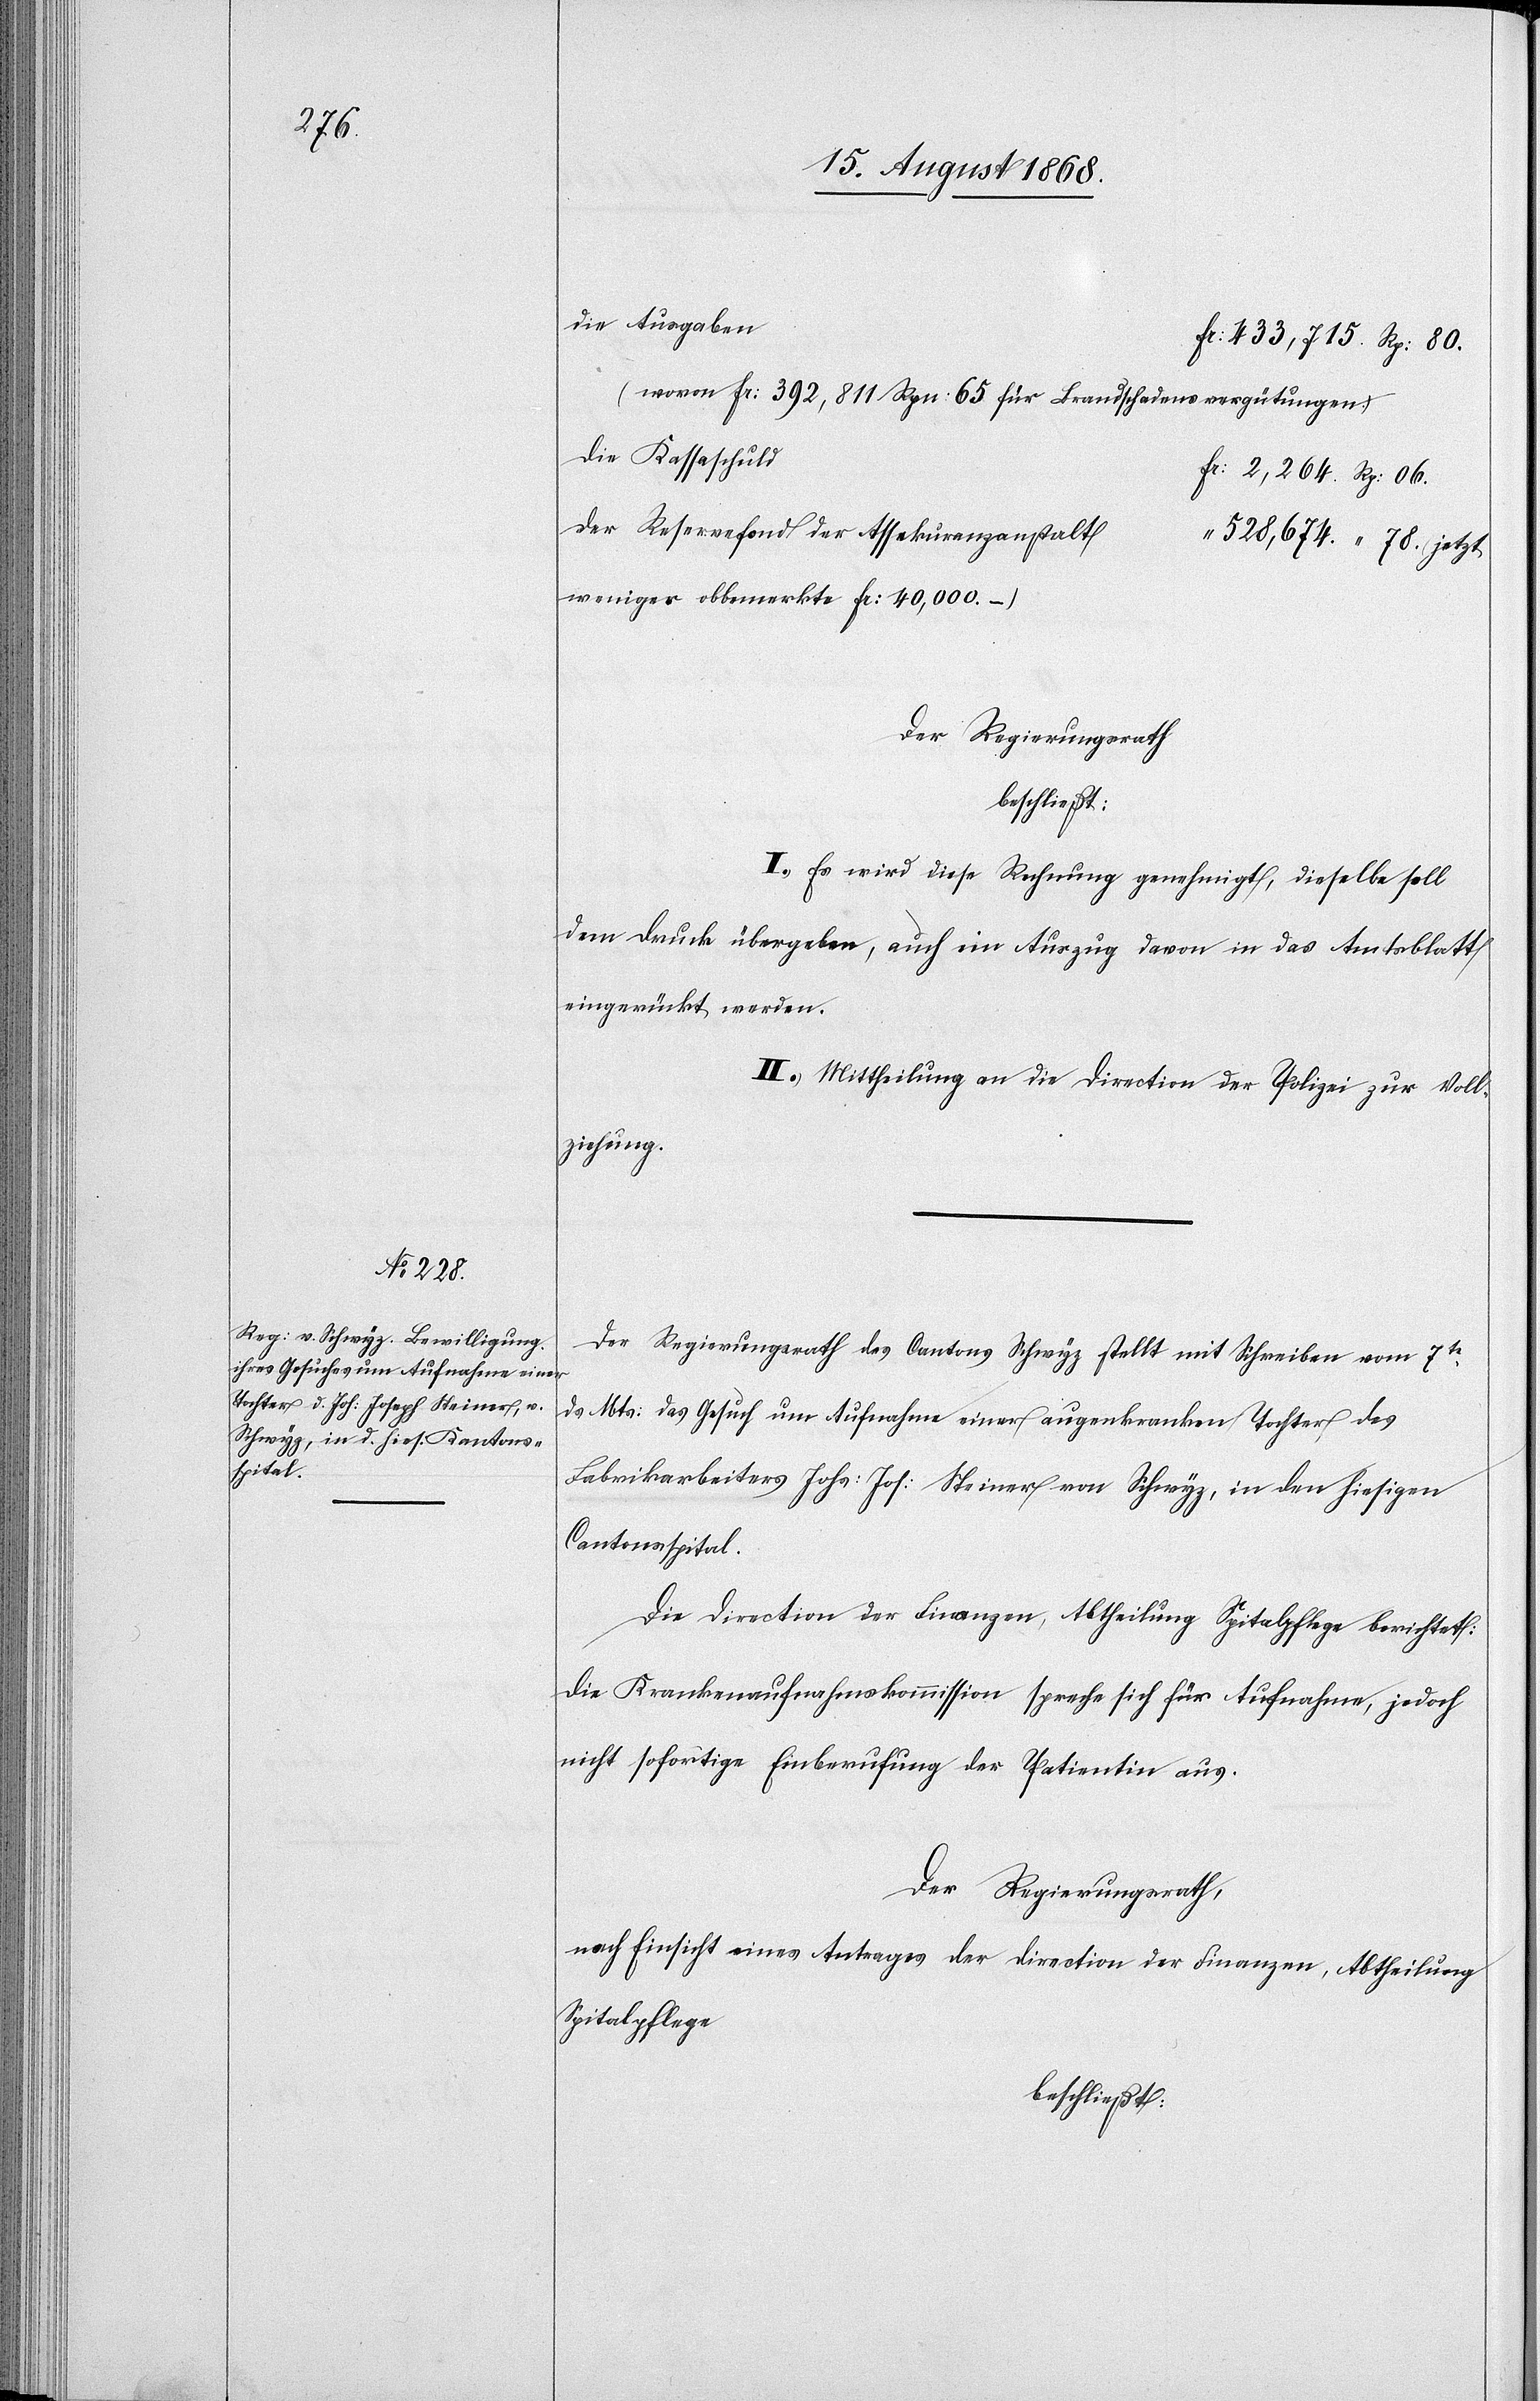
78.

die Ausgaben
Fr: 433,715. Rp: 80.
(wovon Fr: 392,811 Rpn: 65 für Brandschadensvergütungen)
die Kassaschuld
Fr: 2,264. Rp: 06.
der Reservefond der Assekuranzanstalt
weniger obbemerkte Fr: 40,000. –)
Der Regierungsrath
beschließt:
I.) Es wird diese Rechnung genehmigt, dieselbe soll
dem Druck übergeben, auch ein Auszug davon in das Amtsblatt
eingerückt werden.
II.) Mittheilung an die Direction der Polizei zur Voll¬
ziehung.
Der Regierungsrath des Cantons Schwyz stellt mit Schreiben vom 7t
ds Mts: das Gesuch um Aufnahme einer augenkranken Tochter des
Fabrikarbeiters Johs: Jos: Steiner von Schwyz, in den hiesigen
Cantonsspital.
Die Direction der Finanzen, Abtheilung Spitalpflege berichtet:
Die Krankenaufnahmskommission spreche sich für Aufnahme, jedoch
nicht sofortige Einberufung der Patientin aus.
Der Regierungsrath,
nach Einsicht eines Antrages der Direction der Finanzen, Abtheilung
Spitalpflege
beschließt: